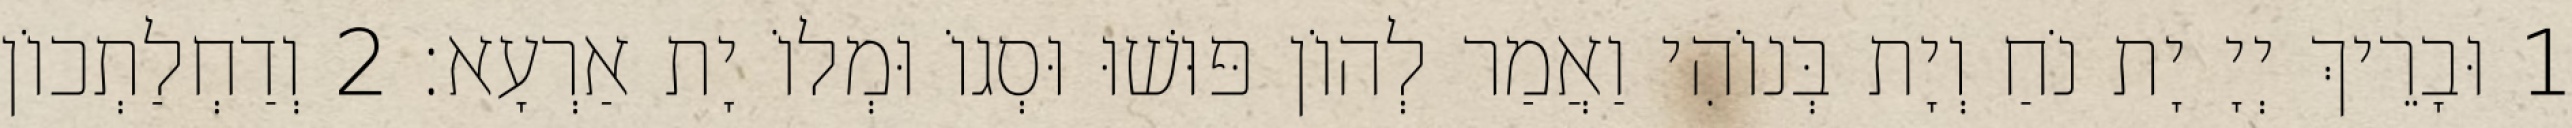
1 וּבָרֵיךְ יְיָ יָת נֹחַ וְיָת בְּנוֹהִי וַאֲמַר לְהוֹן פּוּשׁוּ וּסְגוֹ וּמְלוֹ יָת אַרְעָא׃ 2 וְדַחְלַתְכוֹן